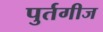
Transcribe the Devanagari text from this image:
पुर्तगीज